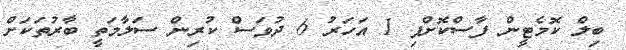
ބިލް ކޮމެޓީން ފާސްކޮށްފި 1 އަހަރު 6 ދުވަސް ކުރިން ސަލާމަތީ ބާރުތަކަށް